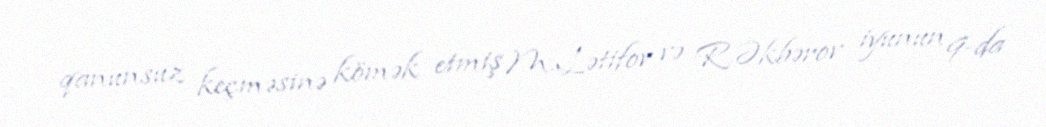
qanunsuz keçməsinə kömək etmiş M.Lətifov və R.Əkbərov iyunun 9-da